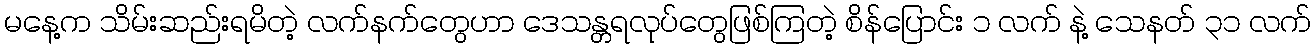
မနေ့က သိမ်းဆည်းရမိတဲ့ လက်နက်တွေဟာ ဒေသန္တရလုပ်တွေဖြစ်ကြတဲ့ စိန်ပြောင်း ၁ လက် နဲ့ သေနတ် ၃၁ လက်